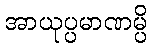
အာယုပ္ပမာဏမ္ပိ